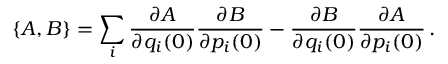
\{ A , B \} = \sum _ { i } \frac { \partial A } { \partial q _ { i } ( 0 ) } \frac { \partial B } { \partial p _ { i } ( 0 ) } - \frac { \partial B } { \partial q _ { i } ( 0 ) } \frac { \partial A } { \partial p _ { i } ( 0 ) } \, .